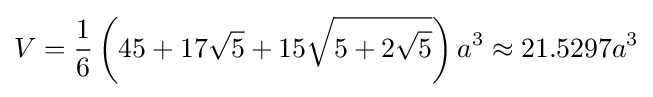
V={\frac {1}{6}}\left(45+17{\sqrt {5}}+15{\sqrt {5+2{\sqrt {5}}}}\right)a^{3}\approx 21.5297a^{3}